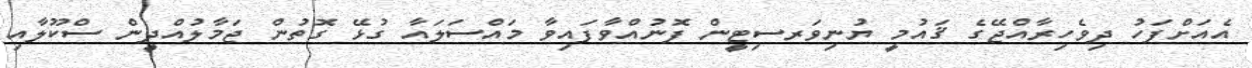
އެއަށްފަހު ދިވެހިރާއްޖޭގެ ޤައުމީ ޔުނިވަރސިޓީން ފޮނުއްވާފައިވާ މައްސަލައާ ގުޅޭ ގޮތުން ޖަމާލުއްދީން ސްކޫލާއި